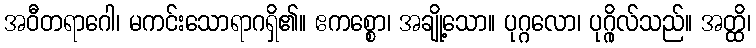
အဝီတရာဂေါ၊ မကင်းသောရာဂရှိ၏။ ဧကစ္စော၊ အချို့သော။ ပုဂ္ဂလော၊ ပုဂ္ဂိုလ်သည်။ အတ္ထိ၊